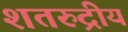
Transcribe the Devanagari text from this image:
शतरुद्रीय